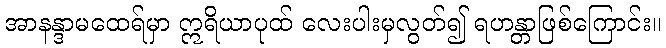
အာနန္ဒာမထေရ်မှာ ဣရိယာပုထ် လေးပါးမှလွတ်၍ ရဟန္တာဖြစ်ကြောင်း။